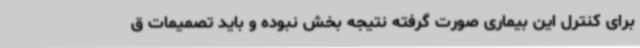
برای کنترل این بیماری صورت گرفته نتیجه بخش نبوده و باید تصمیمات ق